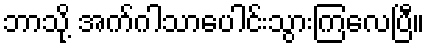
ဘာသို့ အက်ဂါသာပေါင်းသွားကြလေပြီ။